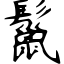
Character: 鬣